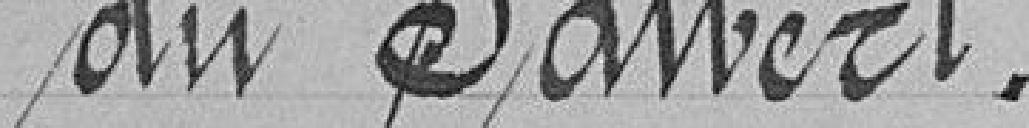
du Salbert